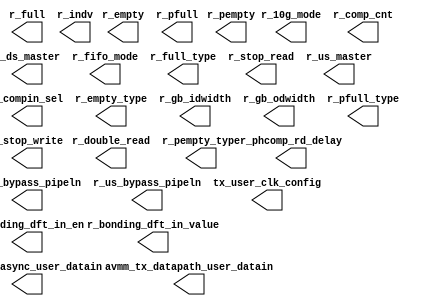
// This program was cloned from: https://github.com/chipsalliance/aib-phy-hardware
// License: Apache License 2.0

// SPDX-License-Identifier: Apache-2.0
// Copyright (C) 2019 Intel Corporation. 
module c3aibadapt_tx_dprio(

// tx_datapath
        output   wire    [15:0]  avmm_tx_datapath_user_datain,
        output   wire            r_10g_mode    ,
        output   wire            r_bonding_dft_in_en,
        output   wire            r_bonding_dft_in_value,
        output   wire    [7:0]   r_comp_cnt,
        output   wire    [1:0]   r_compin_sel,
        output   wire            r_double_read,
        output   wire            r_ds_bypass_pipeln,
        output   wire            r_ds_master,
        output   wire    [3:0]   r_empty,
        output   wire            r_empty_type  ,
        output   wire    [2:0]   r_fifo_mode,
        output   wire    [3:0]   r_full,
        output   wire            r_full_type   ,
        output   wire    [2:0]   r_gb_idwidth  ,
        output   wire    [1:0]   r_gb_odwidth  ,
        output   wire            r_indv,
        output   wire    [3:0]   r_pempty,
        output   wire            r_pempty_type ,
        output   wire    [3:0]   r_pfull,
        output   wire            r_pfull_type  ,
        output   wire    [2:0]   r_phcomp_rd_delay,
        output   wire            r_stop_read   ,
        output   wire            r_stop_write  ,
        output   wire            r_us_bypass_pipeln,
        output   wire            r_us_master,

// tx_async
	output   wire    [23:0]  avmm_tx_async_user_datain,
// txclk_ctrl
	output wire    [9:0]  tx_user_clk_config
// txrst_ctrl
);



endmodule